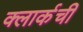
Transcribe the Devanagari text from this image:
क्‍लार्कची